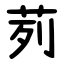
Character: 茢